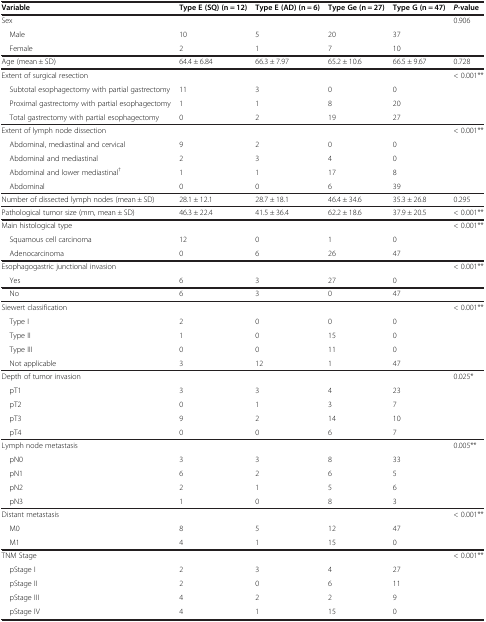
<table><thead><tr><td><b>Variable</b></td><td><b>Type E (SQ) (n = 12)</b></td><td><b>Type E (AD) (n = 6)</b></td><td><b>Type Ge (n = 27)</b></td><td><b>Type G (n = 47)</b></td><td><b><i>P</i>-value</b></td></tr></thead><tbody><tr><td>Sex</td><td> </td><td> </td><td> </td><td> </td><td>0.906</td></tr><tr><td> Male</td><td>10</td><td>5</td><td>20</td><td>37</td><td> </td></tr><tr><td> Female</td><td>2</td><td>1</td><td>7</td><td>10</td><td> </td></tr><tr><td>Age (mean ± SD)</td><td>64.4 ± 6.84</td><td>66.3 ± 7.97</td><td>65.2 ± 10.6</td><td>66.5 ± 9.67</td><td>0.728</td></tr><tr><td>Extent of surgical resection</td><td> </td><td> </td><td> </td><td> </td><td>&lt; 0.001**</td></tr><tr><td> Subtotal esophagectomy with partial gastrectomy</td><td>11</td><td>3</td><td>0</td><td>0</td><td> </td></tr><tr><td> Proximal gastrectomy with partial esophagectomy</td><td>1</td><td>1</td><td>8</td><td>20</td><td> </td></tr><tr><td> Total gastrectomy with partial esophagectomy</td><td>0</td><td>2</td><td>19</td><td>27</td><td> </td></tr><tr><td>Extent of lymph node dissection</td><td> </td><td> </td><td> </td><td> </td><td>&lt; 0.001**</td></tr><tr><td> Abdominal, mediastinal and cervical</td><td>9</td><td>2</td><td>0</td><td>0</td><td> </td></tr><tr><td> Abdominal and mediastinal</td><td>2</td><td>3</td><td>4</td><td>0</td><td> </td></tr><tr><td> Abdominal and lower mediastinal<sup>†</sup></td><td>1</td><td>1</td><td>17</td><td>8</td><td> </td></tr><tr><td> Abdominal</td><td>0</td><td>0</td><td>6</td><td>39</td><td> </td></tr><tr><td>Number of dissected lymph nodes (mean ± SD)</td><td>28.1 ± 12.1</td><td>28.7 ± 18.1</td><td>46.4 ± 34.6</td><td>35.3 ± 26.8</td><td>0.295</td></tr><tr><td>Pathological tumor size (mm, mean ± SD)</td><td>46.3 ± 22.4</td><td>41.5 ± 36.4</td><td>62.2 ± 18.6</td><td>37.9 ± 20.5</td><td>&lt; 0.001**</td></tr><tr><td>Main histological type</td><td> </td><td> </td><td> </td><td> </td><td>&lt; 0.001**</td></tr><tr><td> Squamous cell carcinoma</td><td>12</td><td>0</td><td>1</td><td>0</td><td> </td></tr><tr><td> Adenocarcinoma</td><td>0</td><td>6</td><td>26</td><td>47</td><td> </td></tr><tr><td>Esophagogastric junctional invasion</td><td> </td><td> </td><td> </td><td> </td><td>&lt; 0.001**</td></tr><tr><td> Yes</td><td>6</td><td>3</td><td>27</td><td>0</td><td> </td></tr><tr><td> No</td><td>6</td><td>3</td><td>0</td><td>47</td><td> </td></tr><tr><td>Siewert classification</td><td> </td><td> </td><td> </td><td> </td><td>&lt; 0.001**</td></tr><tr><td> Type I</td><td>2</td><td>0</td><td>0</td><td>0</td><td> </td></tr><tr><td> Type II</td><td>1</td><td>0</td><td>15</td><td>0</td><td> </td></tr><tr><td> Type III</td><td>0</td><td>0</td><td>11</td><td>0</td><td> </td></tr><tr><td> Not applicable</td><td>3</td><td>12</td><td>1</td><td>47</td><td> </td></tr><tr><td>Depth of tumor invasion</td><td> </td><td> </td><td> </td><td> </td><td>0.025*</td></tr><tr><td> pT1</td><td>3</td><td>3</td><td>4</td><td>23</td><td> </td></tr><tr><td> pT2</td><td>0</td><td>1</td><td>3</td><td>7</td><td> </td></tr><tr><td> pT3</td><td>9</td><td>2</td><td>14</td><td>10</td><td> </td></tr><tr><td> pT4</td><td>0</td><td>0</td><td>6</td><td>7</td><td> </td></tr><tr><td>Lymph node metastasis</td><td> </td><td> </td><td> </td><td> </td><td>0.005**</td></tr><tr><td> pN0</td><td>3</td><td>3</td><td>8</td><td>33</td><td> </td></tr><tr><td> pN1</td><td>6</td><td>2</td><td>6</td><td>5</td><td> </td></tr><tr><td> pN2</td><td>2</td><td>1</td><td>5</td><td>6</td><td> </td></tr><tr><td> pN3</td><td>1</td><td>0</td><td>8</td><td>3</td><td> </td></tr><tr><td>Distant metastasis</td><td> </td><td> </td><td> </td><td> </td><td>&lt; 0.001**</td></tr><tr><td> M0</td><td>8</td><td>5</td><td>12</td><td>47</td><td> </td></tr><tr><td> M1</td><td>4</td><td>1</td><td>15</td><td>0</td><td> </td></tr><tr><td>TNM Stage</td><td> </td><td> </td><td> </td><td> </td><td>&lt; 0.001**</td></tr><tr><td> pStage I</td><td>2</td><td>3</td><td>4</td><td>27</td><td> </td></tr><tr><td> pStage II</td><td>2</td><td>0</td><td>6</td><td>11</td><td> </td></tr><tr><td> pStage III</td><td>4</td><td>2</td><td>2</td><td>9</td><td> </td></tr><tr><td> pStage IV</td><td>4</td><td>1</td><td>15</td><td>0</td><td> </td></tr></tbody></table>